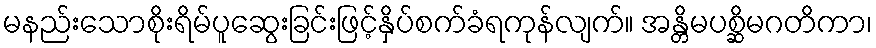
မနည်းသောစိုးရိမ်ပူဆွေးခြင်းဖြင့်နှိပ်စက်ခံရကုန်လျက်။ အန္တိမပစ္ဆိမဂတိကာ၊